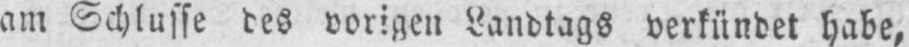
am Schlusse des vorigen Landtags verkündet habe,